Vaccination in Bombay 1863-1868 - 1863-1868
Year: 1863
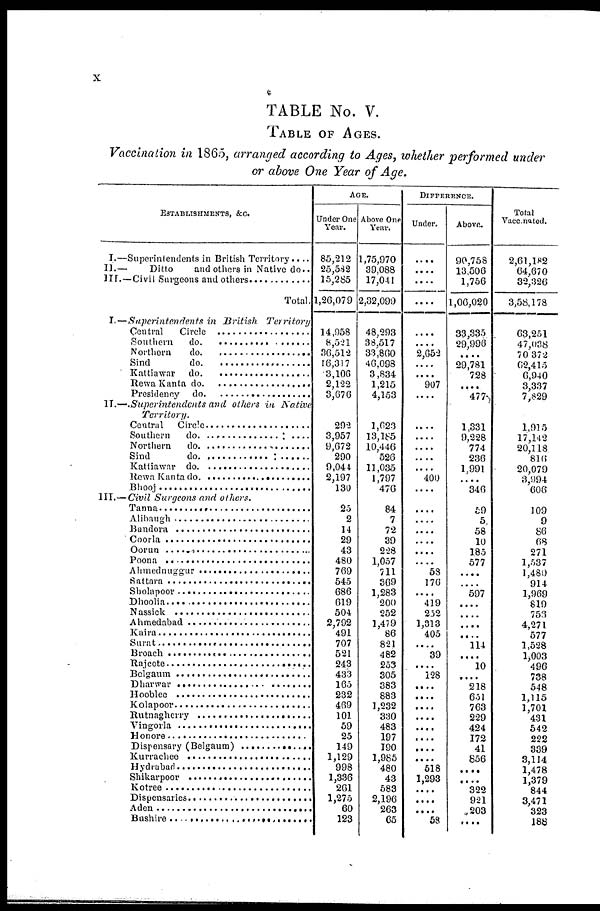
x
TABLE No. V.
TABLE OF AGES.
Vaccination in 1865, arranged according to Ages, whether performed under
or above One Year of Age.
ESTABLISHMENTS, &C.
I.—
II.—
III.—
I.—
II.—
III.—
Superintendents in British Territory....
Ditto
and others in Native do..
Civil Surgeons and others .............
Total.
Superintendents
in British
Territory
Central Circle ..........................
Southern do. .......................
Northern do. ........................
Sind do. ........................
Kattiawar do. .......................
Rewa Kanta do. .....................
Presidency do. ......................
Superintendents
and others in
Native
Territory.
Central Circle ................................
Southern do. ....................................
Northern do. .................................
Sind do. .........................................
Kattiawar do. .................................
Rewa Kanta do. .............................
Bhooj ............................................
Civil Surgeons and others.
Tanna ..........................................
Alibaugh .....................................
Bandora ......................................
Coorla ........................................
Oorun .........................................
Poona .........................................
Ahmednuggur ............................
Sattara ........................................
Sholapoor ..................................
Dhoolia .....................................
Nassick .....................................
Ahmedabad ..............................
Kaira ........................................
Surat .........................................
Broach .....................................
Rajcote ....................................
Belgaum .................................
Dharwar .................................
Hooblee .................................
Kolapoor ................................
Rutnagherry ...........................
Vingorla .................................
Honore ...................................
Dispensary (Belgaum) ....................
Kurrachee ......................................
Hydrabad ......................................
Shikarpoor ....................................
Kotree ...........................................
Dispensaries .................................
Aden .............................................
Bushire ........................................
AGE.
Under One
Year.
85,212
25,582
15,285
1,26,079
14,958
8,521
36,512
16,317
3,106
2,122
3,676
292
3,957
9,672
290
9,044
2,197
130
25
2
14
29
43
480
769
545
686
619
504
2,792
491
707
521
243
433
165
232
469
101
59
25
149
1,129
998
1,336
261
1,275
60
123
Above One
Year.
1,75,970
39,088
17,041
2,32,099
48,293
38,517
33,860
46,098
3,834
1,215
4,153
1,623
13,185
10,446
526
11,035
1,797
476
84
7
72
39
228
1,057
711
369
1,283
200
252
1,479
86
821
482
253
305
383
883
1,232
330
483
197
190
1,985
480
43
583
2,196
263
65
DIFFERENCE.
Under.
....
....
....
....
....
....
2,652
....
....
907
....
....
....
....
....
....
400
....
....
....
....
....
....
....
58
176
....
419
252
1,313
405
....
39
....
128
....
....
....
....
....
....
....
....
518
1,293
....
....
....
58
Above.
90,758
13,506
1,756
1,06,020
33,335
29,996
....
29,781
728
....
477
1,331
9,228
774
236
1,991
....
346
59
5
58
10
185
577
....
....
597
....
....
....
....
114
....
10
....
218
651
763
229
424
172
41
856
....
....
322
921
203
....
Total
Vaccinated.
2,61,182
64,670
32,326
3,58,178
63,251
47,038
70,372
62,415
6,940
3,337
7,829
1,915
17,142
20,118
816
20,079
3,994
606
109
9
86
68
271
1,537
1 480
914
1,969
819
756
4,271
577
1,528
1,003
496
738
548
1,115
1,701
431
542
222
339
3,114
1,478
1,379
844
3,471
323
188